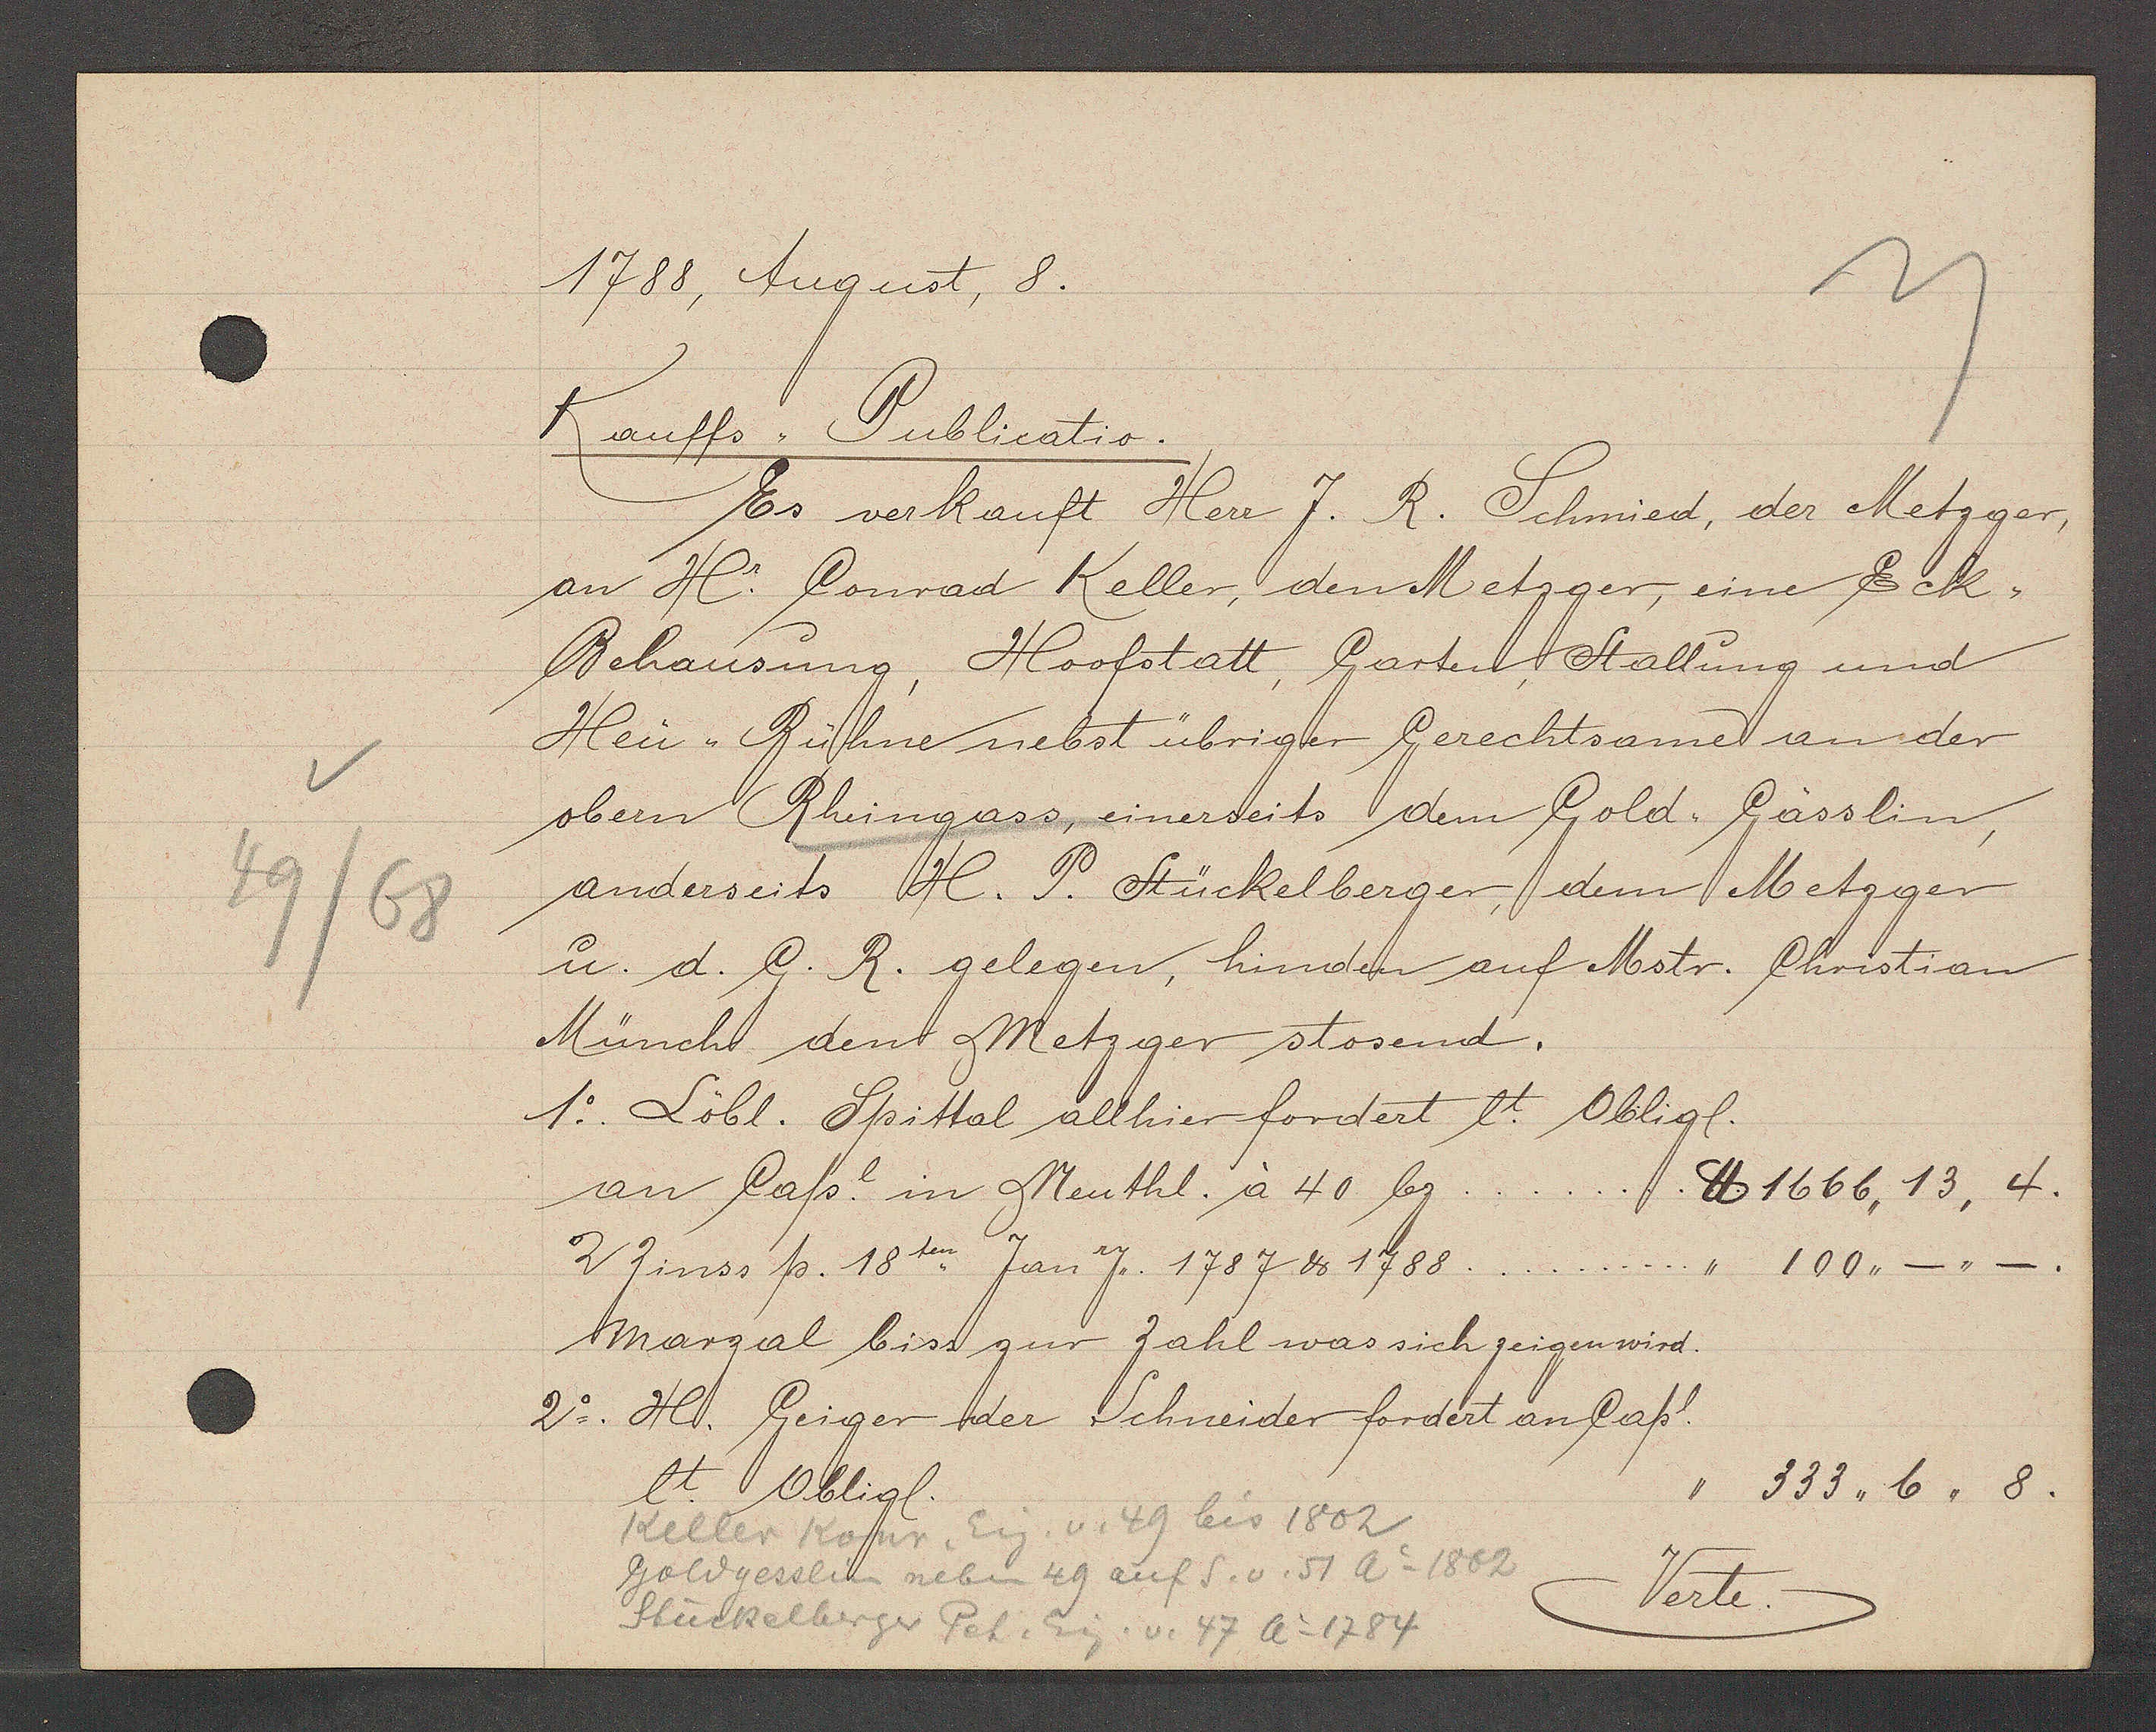
Transcript:
49/68

1788, August, 8.

Kauffs ,, Publicatio.
Es verkauft Herr J. R. Schmied, der Metzger,
an H. Conrad Keller, den Metzger eine Eck¬
Behausung, Hoofstatt, Garten, Stallung und
Heu-Bühne nebst übriger Gerechtsame an der
obern Rheingass, einerseits dem Gold-Gässlin,
anderseits H. P. Stückelberger, dem Metzger
u. d. G. R. gelegen, hinden auf Mstr. Christian
Münch den Metzger stosend.
1. Löbl. Spittal allhier fordert et. Obligl.
an Capl. in Neuthl. à 40 bz
℔ 1666,, 13, 4.
2 Zinss p. 18ten Jan J. 1787 ư 1788
" 100,,_,,_.
Marzal biss zur Zahl was sich zeigen wird.
2o. H. Geiger der Schneider fordert an Capl.
lt. Obligl.
333,, 6,, 8.
"

Verte

Keller Konr. Eig. v. 49 bis 1802
Goldgesslin neben 49 auf S. v. 51 Ao 1802
Stückelberger Pet. Eig. v. 47 Ao 1784